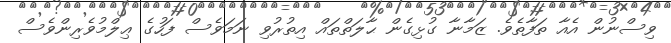
ވިސްނުން އެއާ ތަފާތެވެ. ޒަމާނާ ގުޅިގެން ޙާލަތްތައް އިތުރުވި ނަމަވެސް ފަހުގެ ޢިލްމުވެރިންވެސް